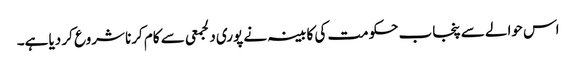
اس حوالے سے پنجاب حکومت کی کابینہ نے پوری دلجمعی سے کام کرنا شروع کر دیا ہے۔